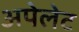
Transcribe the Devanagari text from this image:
अपेलेट